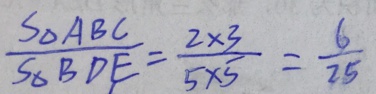
\frac { S _ { \Delta } A B C } { S _ { \Delta } B D E } = \frac { 2 \times 3 } { 5 \times 5 } = \frac { 6 } { 2 5 }